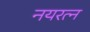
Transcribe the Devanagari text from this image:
नयरत्न